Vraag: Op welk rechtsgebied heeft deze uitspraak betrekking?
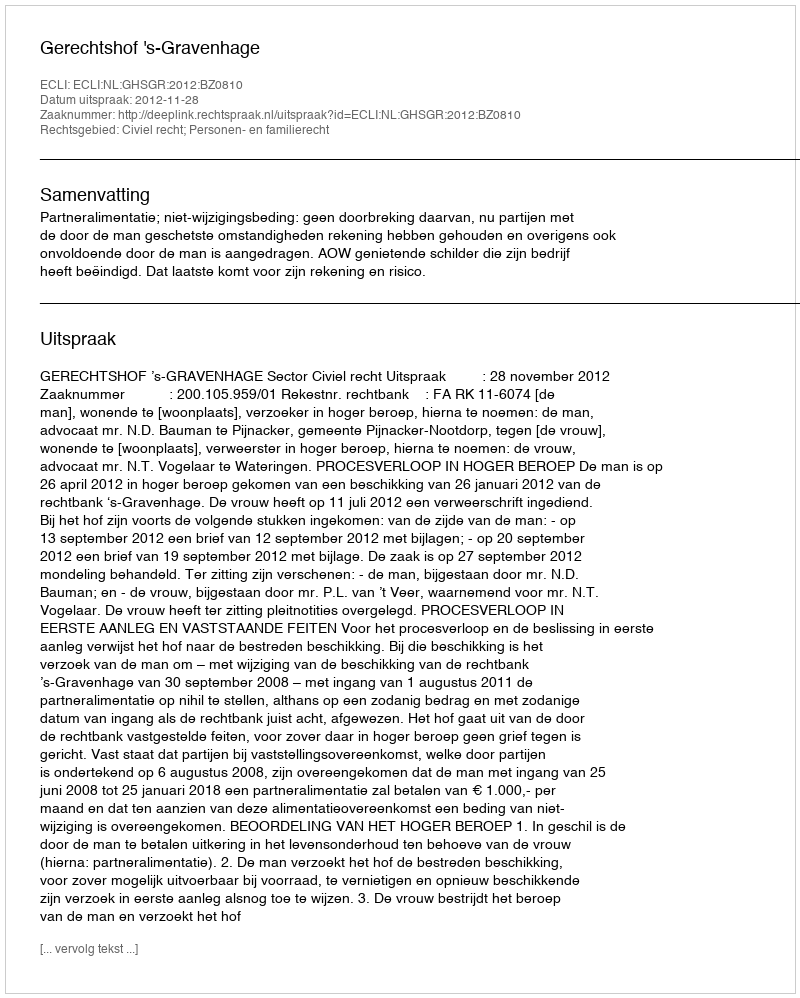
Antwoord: Civiel recht; Personen- en familierecht